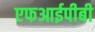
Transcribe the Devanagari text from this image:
एफआईपीबी